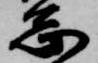
志